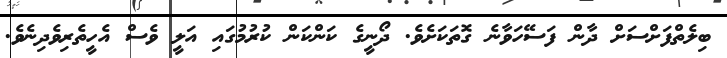
ބިލެތްފަށްސަށް ދާން ފަސޭހަވާނެ ގޮތަކަށެވެ. ދޯނީގެ ކަންކަން ކުރުމުގައި އަލީ ވެސް އެހީތެރިވެދިނެވެ.